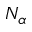
N _ { \alpha }